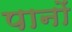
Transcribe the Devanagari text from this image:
पानों